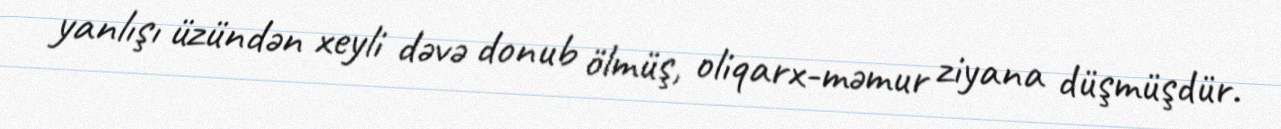
yanlışı üzündən xeyli dəvə donub ölmüş, oliqarx-məmur ziyana düşmüşdür.